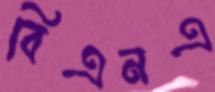
বিএনএ